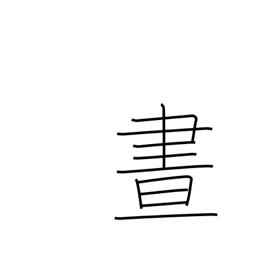
Meaning: daylight